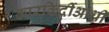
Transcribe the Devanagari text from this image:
कारकिर्दीआधी